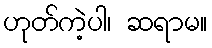
ဟုတ်ကဲ့ပါ၊ ဆရာမ။